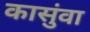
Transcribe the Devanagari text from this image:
कासुंवा